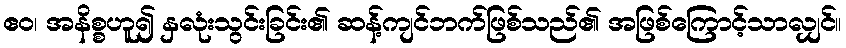
ဧဝ၊ အနိစ္စဟူ၍ နှလုံးသွင်းခြင်း၏ ဆန့်ကျင်ဘက်ဖြစ်သည်၏ အဖြစ်ကြောင့်သာလျှင်။